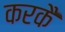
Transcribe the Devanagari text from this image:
करकै